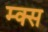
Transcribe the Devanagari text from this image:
म्क्स